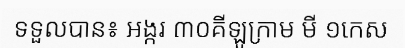
ទទួលបាន៖ អង្ករ ៣០គីឡូក្រាម មី ១កេស